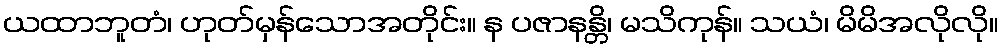
ယထာဘူတံ၊ ဟုတ်မှန်သောအတိုင်း။ န ပဇာနန္တိ၊ မသိကုန်။ သယံ၊ မိမိအလိုလို။